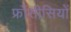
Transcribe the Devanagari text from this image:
फ्राँसीसियों